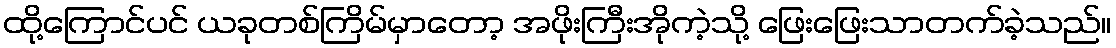
ထို့ကြောင်ပင် ယခုတစ်ကြိမ်မှာတော့ အဖိုးကြီးအိုကဲ့သို့ ဖြေးဖြေးသာတက်ခဲ့သည်။